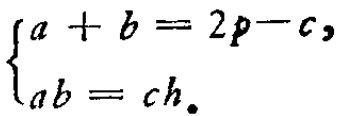
\[\begin{cases}

a + b = 2p - c,\\

ab = ch.

\end{cases}\]